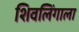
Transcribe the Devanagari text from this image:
शिवलिंगाला